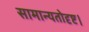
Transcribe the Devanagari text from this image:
सामान्यतोदृष्ट।